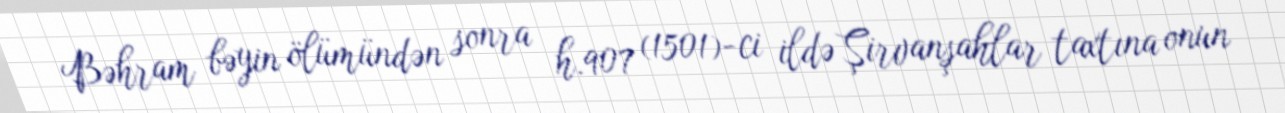
Bəhram bəyin ölümündən sonra h.907 (1501)-ci ildə Şirvanşahlar taxtına onun